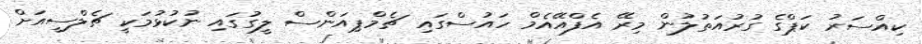
ކިއްސަރު ކަޕްގެ ގުރުއަތުލުން މިރޭ އެފްއޭއެމް ހައުސްގައި ޗެމްޕިއަންސް ލީގުގައި ނުކުޅުމަކީ ޗެލްސީއަށް